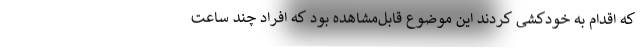
که اقدام به خودکشی کردند این موضوع قابل‌مشاهده بود که افراد چند ساعت